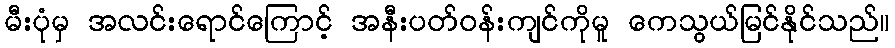
မီးပုံမှ အလင်းရောင်ကြောင့် အနီးပတ်ဝန်းကျင်ကိုမူ ကေသွယ်မြင်နိုင်သည်။